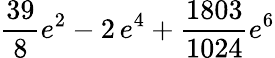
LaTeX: \frac{39}{8}e^{2}-2\, e^{4}+\frac{1803}{1024}e^{6}